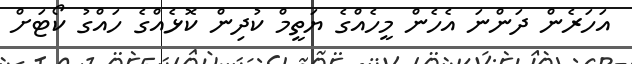
އަހަރެން ދަންނަ އެހެން މީހެއްގެ ޔަތީމް ކުދިން ކޮޅެއްގެ ހައްގު ކޯޓަށް